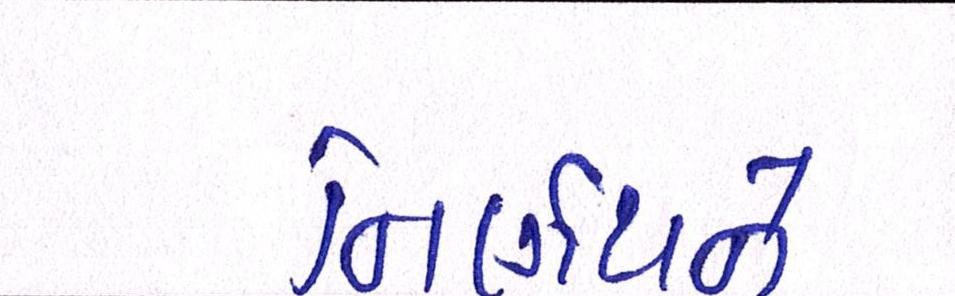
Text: નિર્ણયને